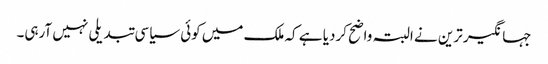
جہانگیر ترین نے البتہ واضح کردیا ہے کہ ملک میں کوئی سیاسی تبدیلی نہیں آرہی۔